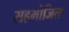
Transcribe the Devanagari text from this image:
सहभोजिता